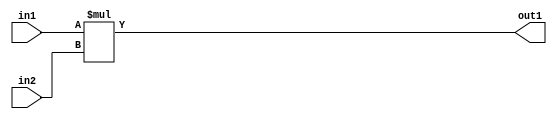
`timescale 1ps / 1ps
/*****************************************************************************
    Verilog RTL Description
    
    
    Created by: Stratus DpOpt 21.05.01 
*******************************************************************************/

module SobelFilter_Mul_32Ux32U_32U_4 (
	in2,
	in1,
	out1
	); /* architecture "behavioural" */ 
input [31:0] in2,
	in1;
output [31:0] out1;
wire [31:0] asc001;

assign asc001 = 
	+(in1 * in2);

assign out1 = asc001;
endmodule

/* CADENCE  urnzSAE= : u9/ySxbfrwZIxEzHVQQV8Q== ** DO NOT EDIT THIS LINE ******/